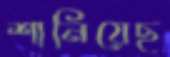
শানিয়েছ